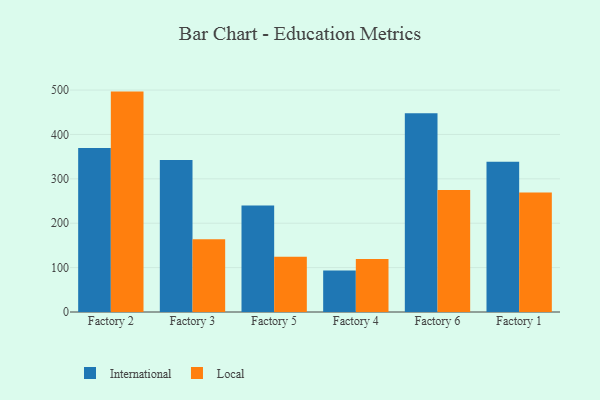
{"axis": {"x": "Factory", "y": "Page Views"}, "legend": ["International", "Local"], "data": [{"x": "Factory 2", "y": 369.2, "type": "International"}, {"x": "Factory 2", "y": 496.5, "type": "Local"}, {"x": "Factory 3", "y": 342.4, "type": "International"}, {"x": "Factory 3", "y": 163.8, "type": "Local"}, {"x": "Factory 5", "y": 239.9, "type": "International"}, {"x": "Factory 5", "y": 124.5, "type": "Local"}, {"x": "Factory 4", "y": 93.3, "type": "International"}, {"x": "Factory 4", "y": 119.5, "type": "Local"}, {"x": "Factory 6", "y": 448.0, "type": "International"}, {"x": "Factory 6", "y": 274.7, "type": "Local"}, {"x": "Factory 1", "y": 338.4, "type": "International"}, {"x": "Factory 1", "y": 269.3, "type": "Local"}]}